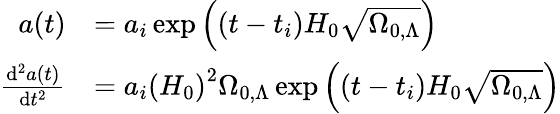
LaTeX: {\begin{array}{rl}{a(t)}&{=a_{i}\exp\left((t-t_{i})H_{0}{\sqrt{\Omega_{0,\Lambda}}}\right)}\\ {{\frac{\mathrm{d}^{2}a(t)}{\mathrm{d}t^{2}}}}&{=a_{i}\left(H_{0}\right)^{2}\Omega_{0,\Lambda}\exp\left((t-t_{i})H_{0}{\sqrt{\Omega_{0,\Lambda}}}\right)}\end{array}}